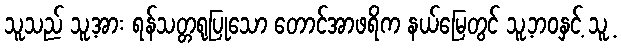
သူသည် သူ့အား ရန်သတ္တရုပြုသော တောင်အာဖရိက နယ်မြေတွင် သူ့ဘဝနှင့် သူ့